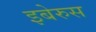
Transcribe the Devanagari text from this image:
इबेरुस